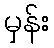
မှန်း